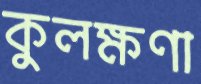
কুলক্ষণা